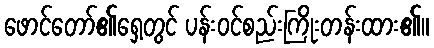
ဖောင်တော်၏ရှေ့တွင် ပန်းဝင်စည်းကြိုးတန်းထား၏။